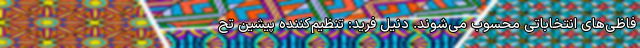
فاظی‌های انتخاباتی محسوب می‌شوند. دنیل فرید: تنظیم‌کننده پیشین تح